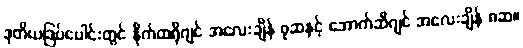
ဒုတိယဒြပ်ပေါင်းတွင် နိုက်ထရိုဂျင် အလေးချိန် ၇ဆနှင့် အောက်ဆီဂျင် အလေးချိန် ၈ဆ။